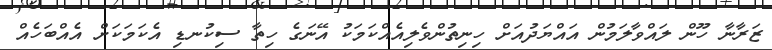
ޒަރާނާ ހޫން ލައްވާލަމުން އައްޔަދުއަށް ހިނިތުންވެލިއެއްކަމަކު އޭނަގެ ހިތާ ސިކުނޑި އެކަމަކަށް އެއްބަހެއް